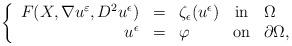
LaTeX: \begin{align*} \left\{\begin{array}{rclcl}F(X, \nabla u^{\varepsilon}, D^2 u^{\epsilon}) &=& \zeta_{\epsilon}(u^{\epsilon}) & \mbox{in} & \Omega\\u^{\epsilon} &=&\varphi & \mbox{on} & \partial \Omega,\end{array}\right.\end{align*}